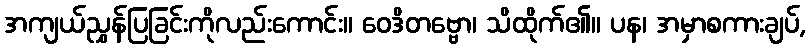
အကျယ်ညွှန်ပြခြင်းကိုလည်းကောင်း။ ဝေဒိတဗ္ဗော၊ သိထိုက်၏။ ပန၊ အမှာစကားချပ်,